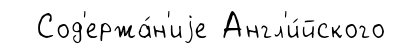
Сод'ержа́н'иjе Англ'и́йского